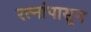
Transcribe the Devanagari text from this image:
रत्‍नांपासून